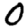
Digit: 0